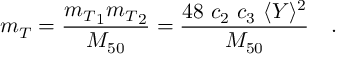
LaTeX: m _ { T } = \frac { { { m _ { T } } _ { 1 } } { { m _ { T } } _ { 2 } } } { M _ { 5 0 } } = \frac { 4 8 ~ c _ { 2 } ~ c _ { 3 } ~ \langle Y \rangle ^ { 2 } } { M _ { 5 0 } } ~ ~ ~ .